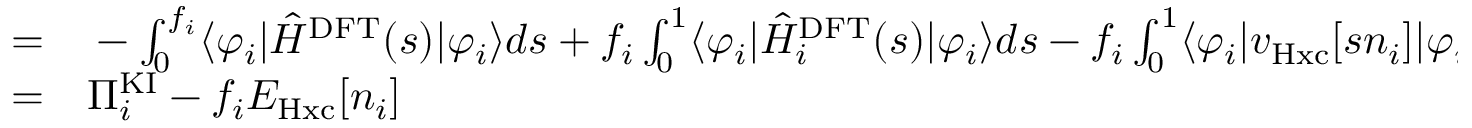
\begin{array} { r l } { = } & { { } - \int _ { 0 } ^ { f _ { i } } \langle \varphi _ { i } | \hat { H } ^ { \mathrm { D F T } } ( s ) | \varphi _ { i } \rangle d s + f _ { i } \int _ { 0 } ^ { 1 } \langle \varphi _ { i } | \hat { H } _ { i } ^ { \mathrm { D F T } } ( s ) | \varphi _ { i } \rangle d s - f _ { i } \int _ { 0 } ^ { 1 } \langle \varphi _ { i } | v _ { \mathrm { H x c } } [ s n _ { i } ] | \varphi _ { i } \rangle d s } \\ { = } & { { } \Pi _ { i } ^ { \mathrm { K I } } - f _ { i } E _ { \mathrm { H x c } } [ n _ { i } ] } \end{array}